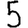
Digit: 5